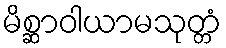
မိစ္ဆာဝါယာမသုတ္တံ